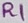
Text: R1